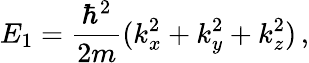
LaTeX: E_{1}=\frac{\hbar^{2}}{2m}(k_{x}^{2}+k_{y}^{2}+k_{z}^{2})\, ,